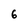
Character: 6